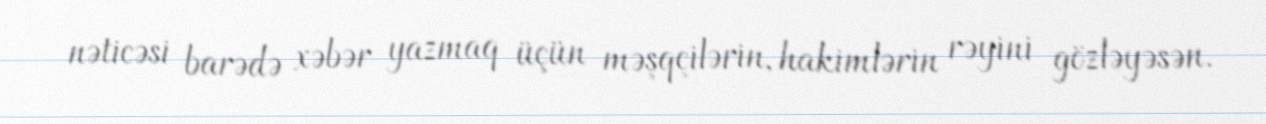
nəticəsi barədə xəbər yazmaq üçün məşqçilərin, hakimlərin rəyini gözləyəsən.